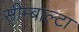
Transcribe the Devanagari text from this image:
सीम्बाल्टा